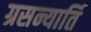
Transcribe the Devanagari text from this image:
ग्रसन्यार्ति